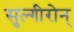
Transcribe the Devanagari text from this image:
सुल्गीरोन्